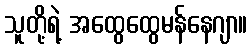
သူတို့ရဲ့ အထွေထွေမန်နေဂျာ။